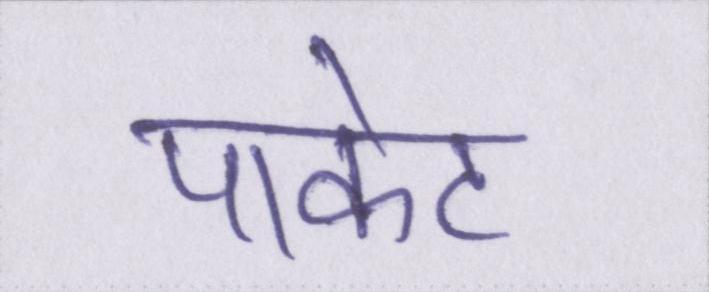
पाकेट